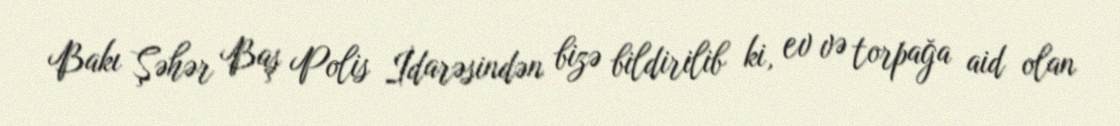
Bakı Şəhər Baş Polis İdarəsindən bizə bildirilib ki, ev və torpağa aid olan